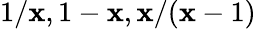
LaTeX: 1/\mathbf{x},1-\mathbf{x},\mathbf{x}/(\mathbf{x}-1)